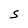
Character: S